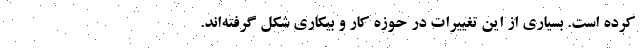
کرده است. بسیاری از این تغییرات در حوزه کار و بیکاری شکل گرفته‌اند.